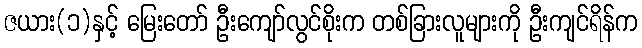
ဇယား(၁)နှင့် မြေးတော် ဦးကျော်လွင်စိုးက တစ်ခြားလူများကို ဦးကျင်ရိန်က